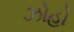
ઝોહો